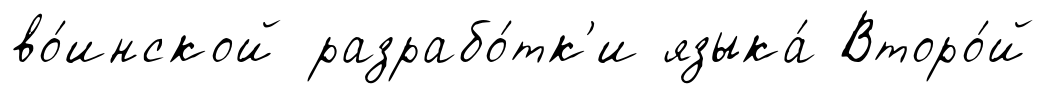
во́инской разрабо́тк'и языка́ Второ́й